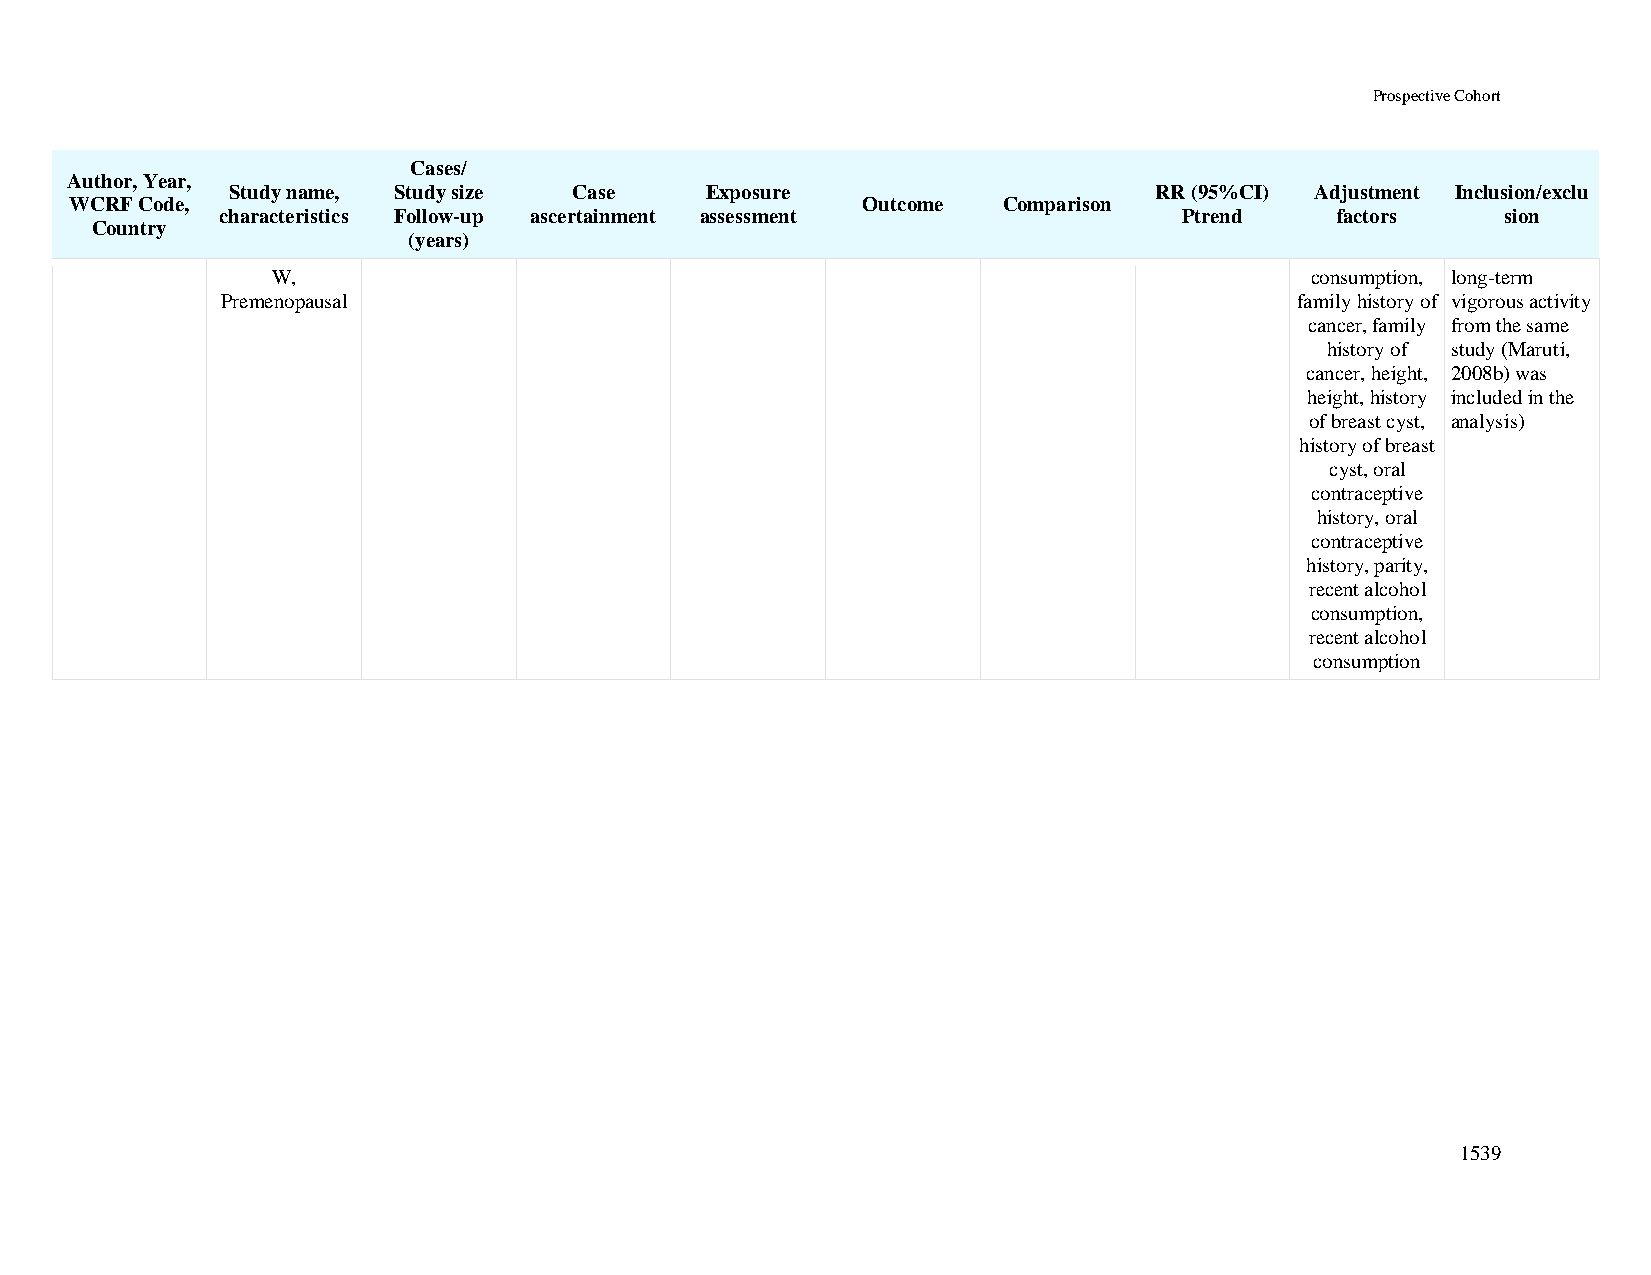
Prospective Cohort
 Cases/
 Author, Year,
 Study name, Study size Case     Exposure                     RR (95%CI) Adjustment Inclusion/exclu
 WCRF Code,                                          Outcome  Comparison
 characteristics Follow-up ascertainment assessment             Ptrend    factors     sion
 Country
 (years)
 W,                                                                   consumption, long-term
 Premenopausal                                                          family history of vigorous activity
 cancer, family from the same
 history of study (Maruti,
 cancer, height, 2008b) was
 height, history included in the
 of breast cyst, analysis)
 history of breast
 cyst, oral
 contraceptive
 history, oral
 contraceptive
 history, parity,
 recent alcohol
 consumption,
 recent alcohol
 consumption
 1539